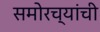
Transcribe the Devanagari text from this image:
समोरच्यांची